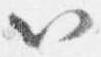
以